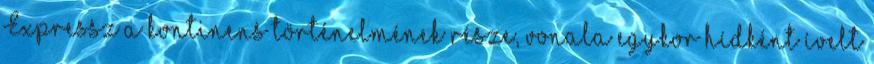
Expressz a kontinens történelmének része, vonala egykor hídként ívelt